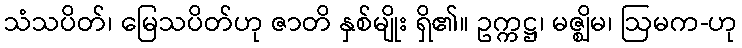
သံသပိတ်၊ မြေသပိတ်ဟု ဇာတိ နှစ်မျိုး ရှိ၏။ ဥက္ကဋ္ဌ၊ မဇ္ဈိမ၊ ဩမက-ဟု